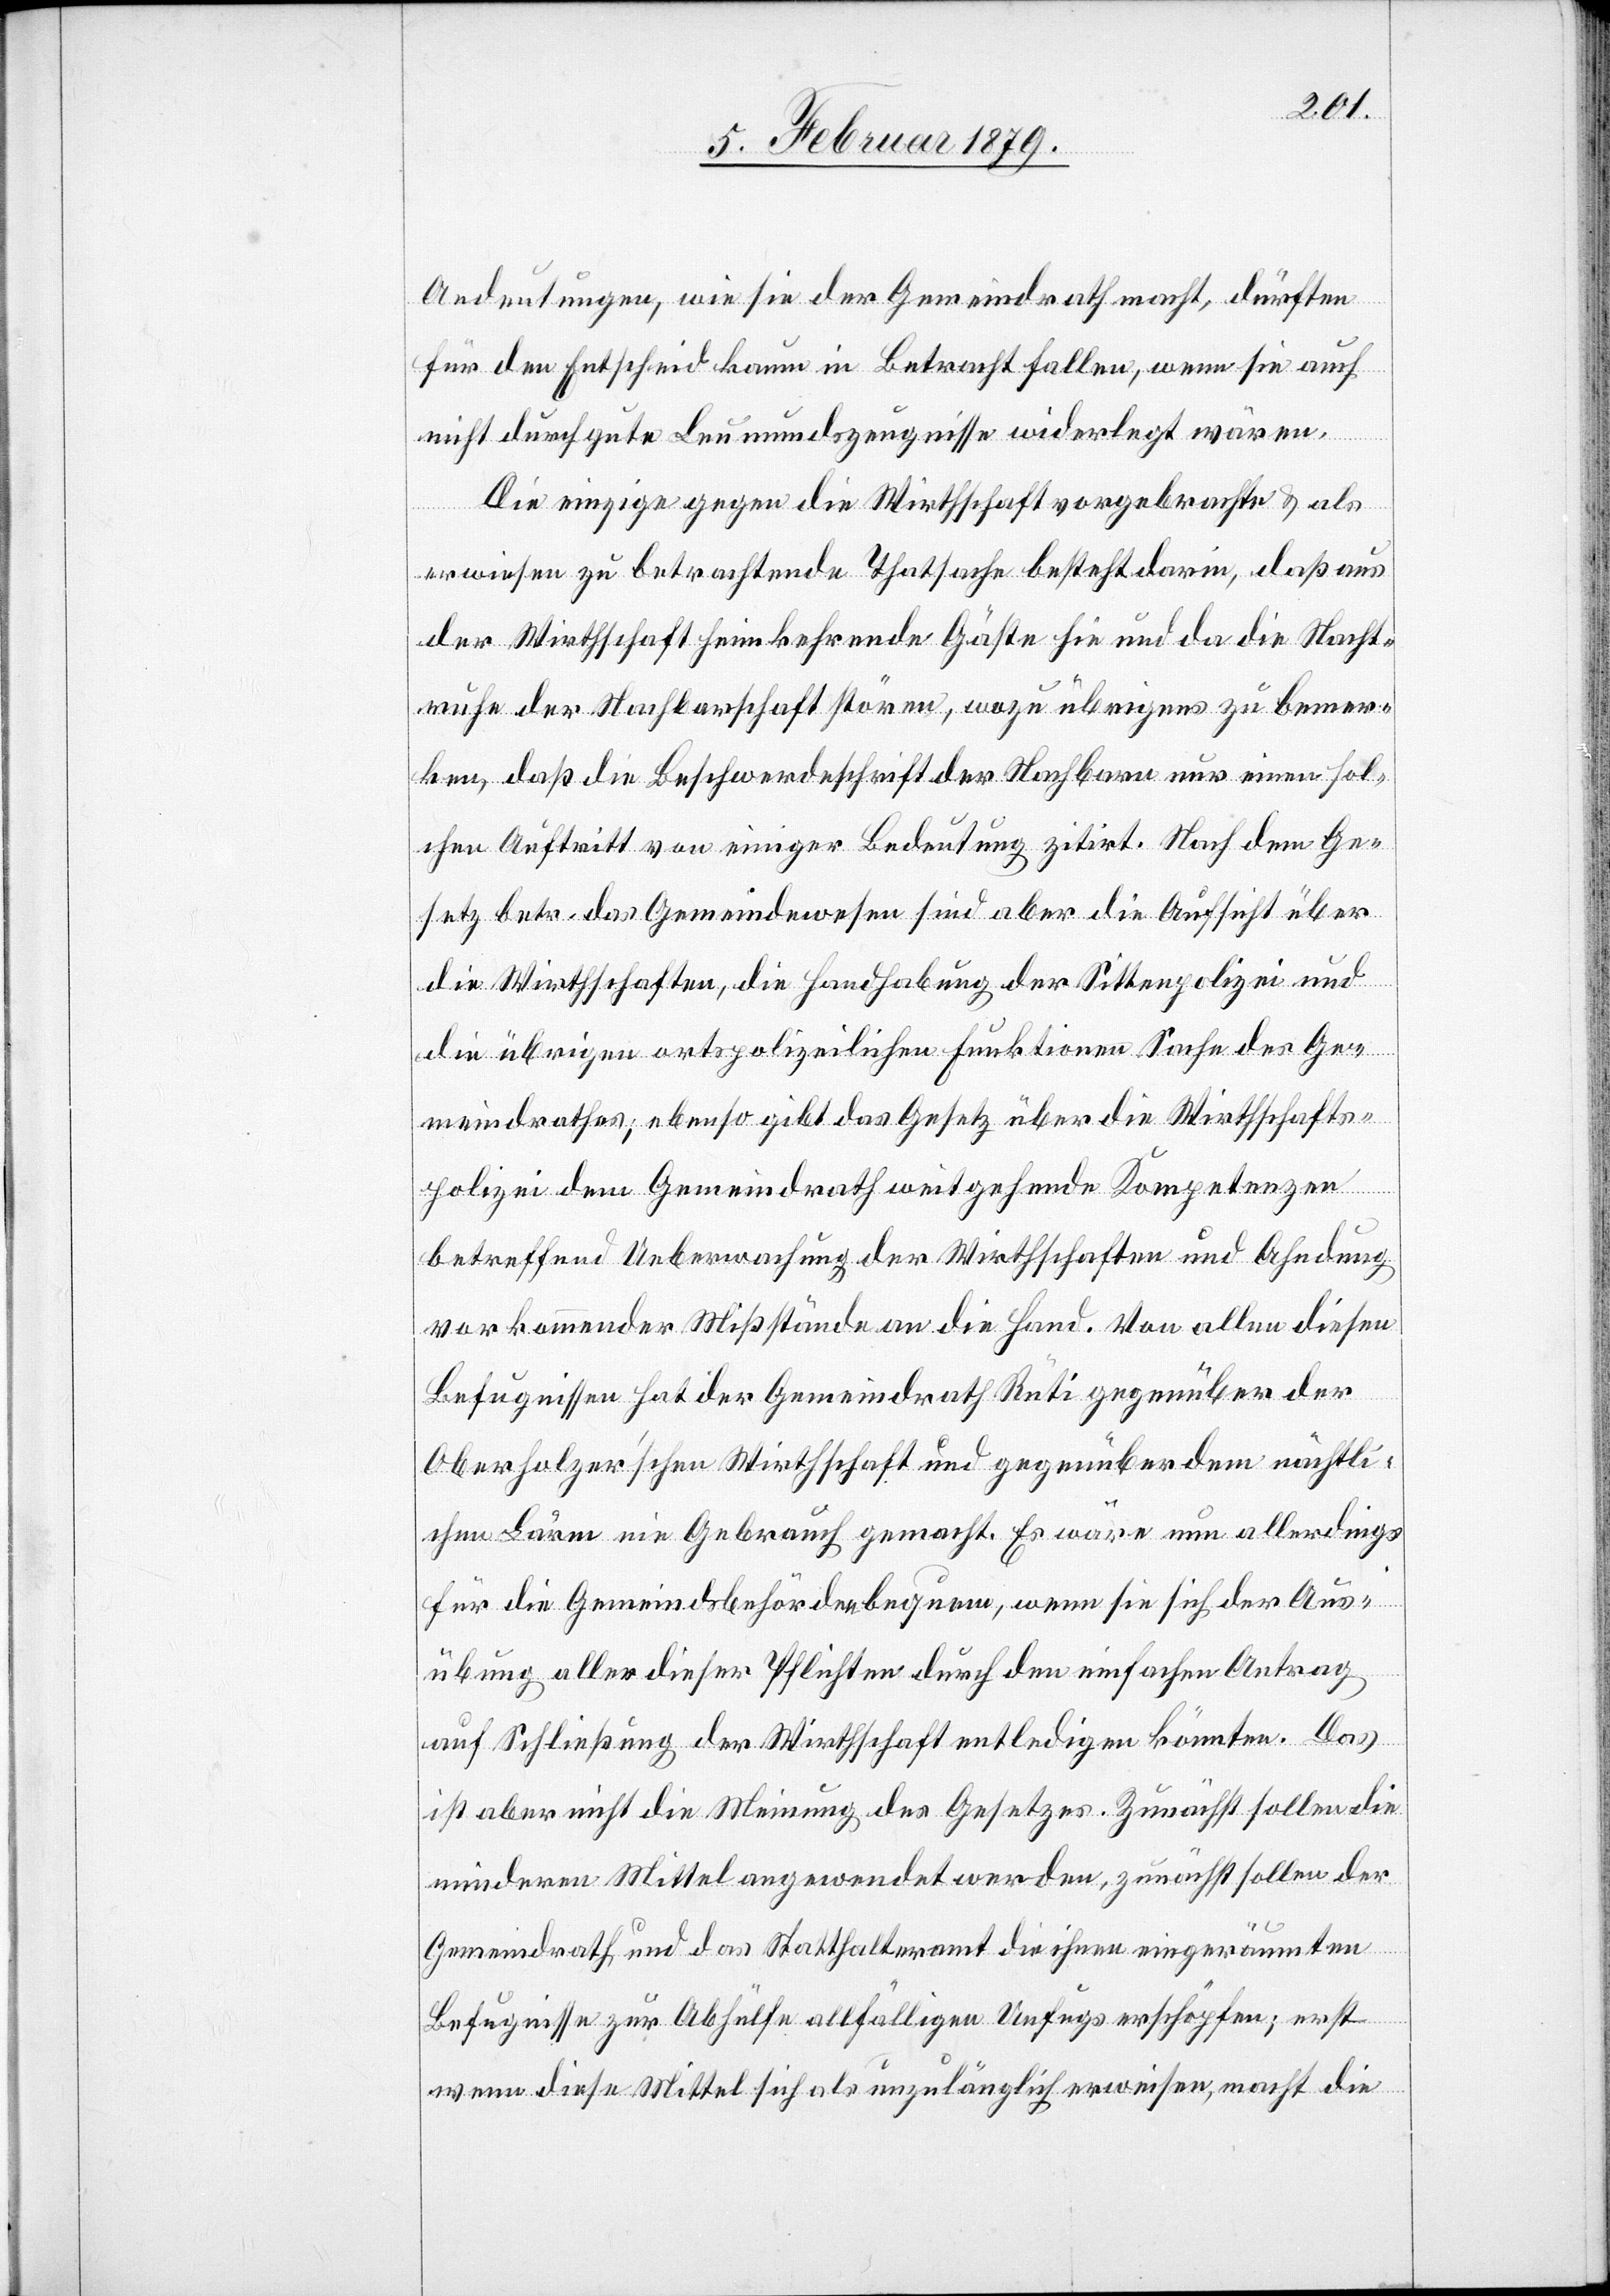
Andeutungen, wie sie der Gemeindrath macht, dürften
für den Entscheid kaum in Betracht fallen, wenn sie auch
ken
nicht durch gute Leumundszeugnisse widerlegt wären.
Die einzige gegen die Wirthschaft vorgebrachte & als
erwiesen zu betrachtende Thatsache besteht darin, daß aus
der Wirthschaft heimkehrende Gäste hie und da die Nacht¬
ruhe der Nachbarschaft stören, wozu übrigens zu bemer¬
[ist], daß die Beschwerdeschrift der Nachbarn nur einen sol¬
chen Auftritt von einiger Bedeutung zitirt. Nach dem Ge¬
setz betr. das Gemeindewesen sind aber die Aufsicht über
die Wirthschaften, die Handhabung der Sittenpolizei und
die übrigen ortspolizeilichen Funktionen Sache des Ge¬
meindrathes; ebenso gibt das Gesetz über die Wirthschafts¬
polizei dem Gemeindrath weitgehende Kompetenzen
betreffend Ueberwachung der Wirthschaften und Ahndung
vorkommender Mißstände an die Hand. Von allen diesen
Befugnissen hat der Gemeindrath Rüti gegenüber der
Oberholzer’schen Wirthschaft und gegenüber dem nächtli¬
chen Lärm nie Gebrauch gemacht. Es wäre nun allerdings
für die Gemeindsbehörden bequem, wenn sie sich der Aus¬
übung aller dieser Pflichten durch den einfachen Antrag
auf Schließung der Wirthschaft entledigen könnten. Das
ist aber nicht die Meinung des Gesetzes. Zunächst sollen die
minderen Mittel angewendet werden, zunächst sollen der
Gemeindrath und das Statthalteramt die ihnen eingeräumten
Befugnisse zur Abhülfe allfälligen Unfugs erschöpfen; erst
wenn diese Mittel sich als unzulänglich erweisen, macht die